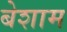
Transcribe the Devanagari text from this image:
बेशाम